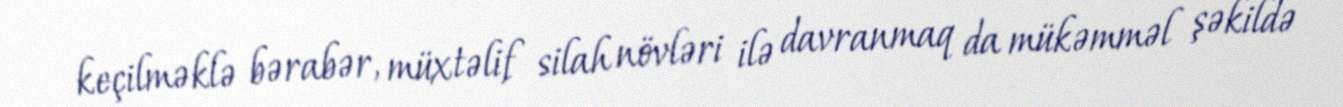
keçilməklə bərabər, müxtəlif silah növləri ilə davranmaq da mükəmməl şəkildə